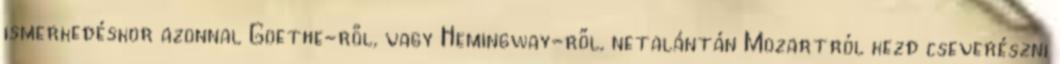
ismerkedéskor azonnal Goethe-ről, vagy Hemingway-ről, netalántán Mozartról kezd cseverészni